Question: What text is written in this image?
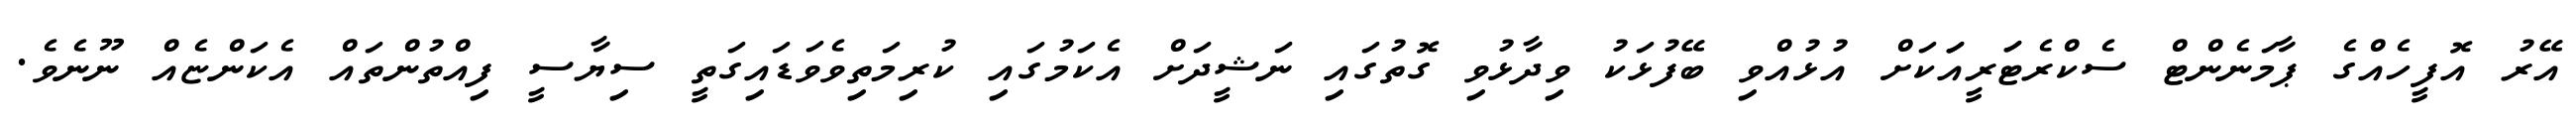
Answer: އޭރު އޮފީހެއްގެ ޕާމަނެންޓް ސެކްރެޓަަރީއަަކަށް އުޅުއްވި ބޭފުޅަކު ވިދާޅުވި ގޮތުގައި ނަޝީދަށް އެކަމުގައި ކުރިމަތިވެވަޑައިގަތީ ސިޔާސީ ފިއްތުންތައް އެކަންޏެއް ނޫނެވެ.